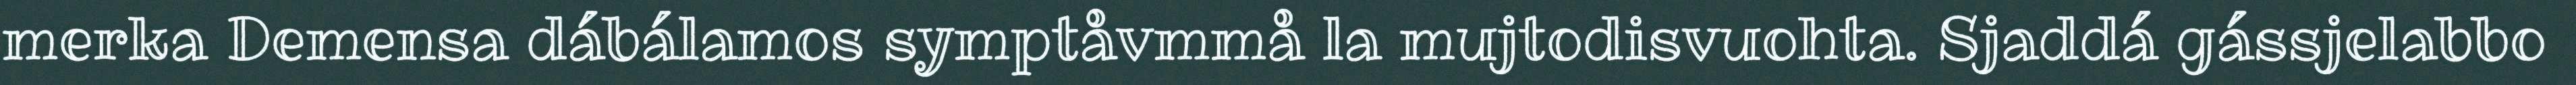
merka Demensa dábálamos symptåvmmå la mujtodisvuohta. Sjaddá gássjelabbo